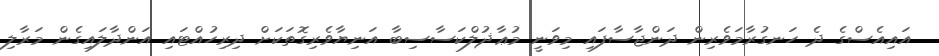
އައިއެސްގެ ދެ ހަނގުރާމަވެރިން ދަންޖާސާފައި މިވަނީ މުޢާޛުލްކަސާސިބާ އަނިޔާވެރިގޮތަކަށް ދިރިހުއްޓައި އަންދާލައިގެން މަރާލި